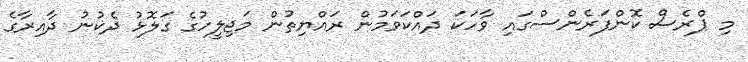
މި ޕްރެސް ކޮންފަރެންސްގައި ވާހަކަ ދައްކަވަމުން ރައްޔިތުން މަޖިލީހުގެ ގަލޮޅު ދެކުނު ދާއިރާގެ